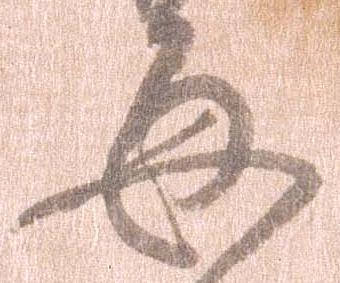
毎